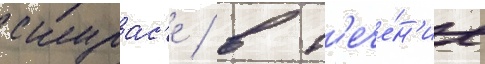
скурас'е / в т'ече́н'ие